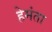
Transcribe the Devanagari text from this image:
हेमंता